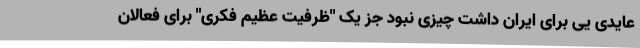
عایدی یی برای ایران داشت چیزی نبود جز یک "ظرفیت عظیم فکری" برای فعالان